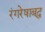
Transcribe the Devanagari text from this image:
रंगरेषाबद्ध